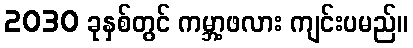
2030 ခုနှစ်တွင် ကမ္ဘာ့ဖလား ကျင်းပမည်။